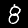
Label: 8